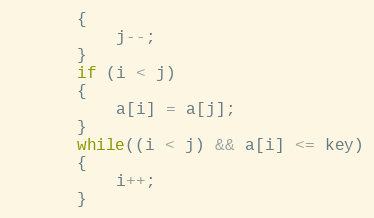
Language: C
	   {
		   j--;
	   }
	   if (i < j)
	   {
		   a[i] = a[j];
	   }
	   while((i < j) && a[i] <= key)
	   {
		   i++;
	   }